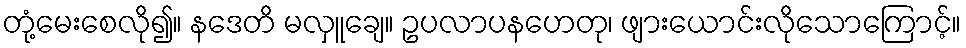
တုံ့မေးစေလို၍။ နဒေတိ မလှူချေ။ ဥပလာပနဟေတု၊ ဖျားယောင်းလိုသောကြောင့်။